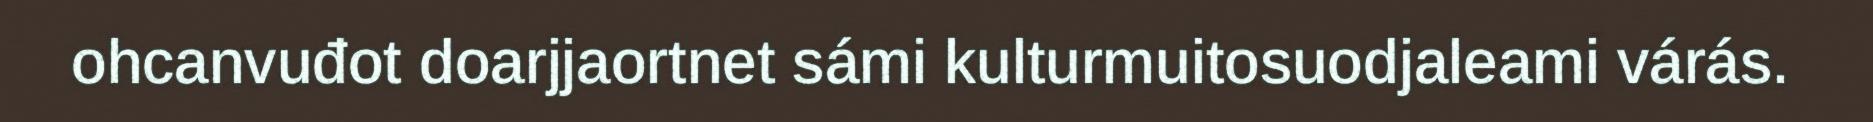
ohcanvuđot doarjjaortnet sámi kulturmuitosuodjaleami várás.